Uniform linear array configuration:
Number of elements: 4
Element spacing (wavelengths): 1
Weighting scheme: blackman
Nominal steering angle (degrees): -30
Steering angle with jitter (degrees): -30.481
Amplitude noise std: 0.05
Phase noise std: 0.05

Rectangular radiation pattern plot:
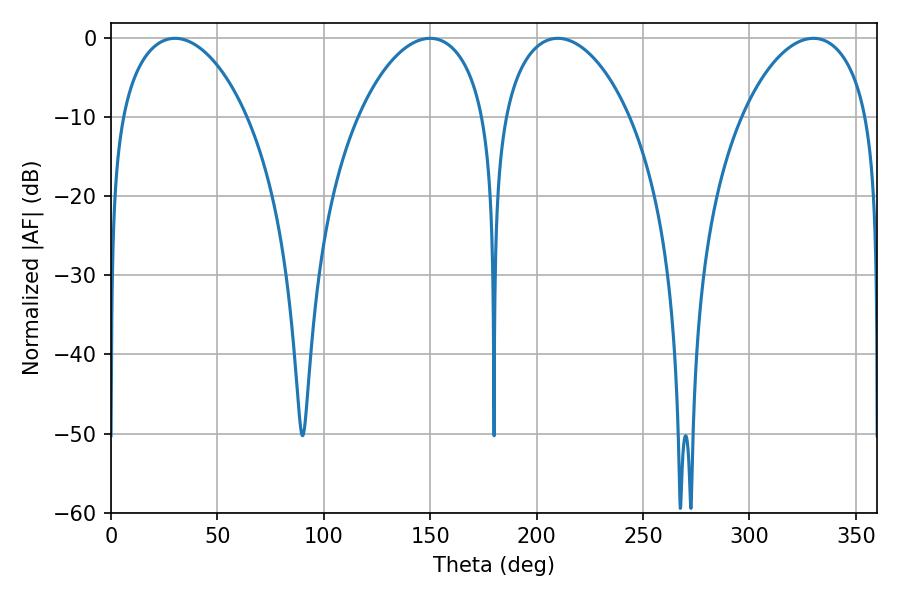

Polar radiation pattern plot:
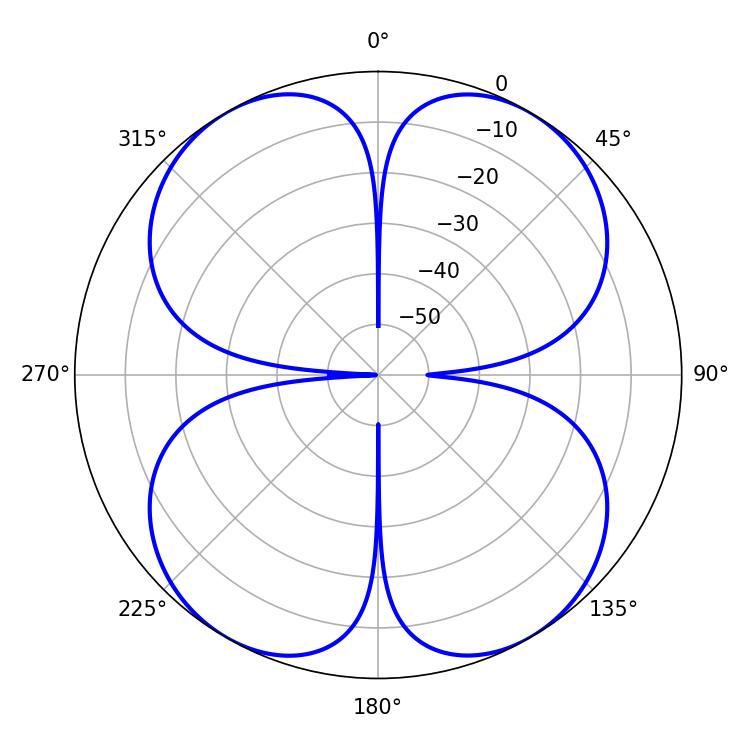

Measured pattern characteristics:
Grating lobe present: TRUE
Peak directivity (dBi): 27.167
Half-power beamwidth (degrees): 34.02
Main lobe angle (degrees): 30.06